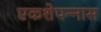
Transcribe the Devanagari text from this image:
एकशेपन्‍नास